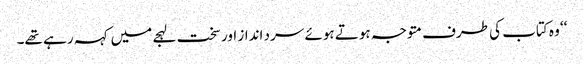
‘‘ وہ کتاب کی طرف متوجہ ہوتے ہوئے سرد انداز اور سخت لہجے میں کہہ رہے تھے۔